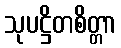
သုပဋ္ဌိတစိတ္တာ